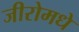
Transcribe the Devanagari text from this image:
जीरोमधे